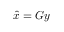
{ \hat { x } } = G y